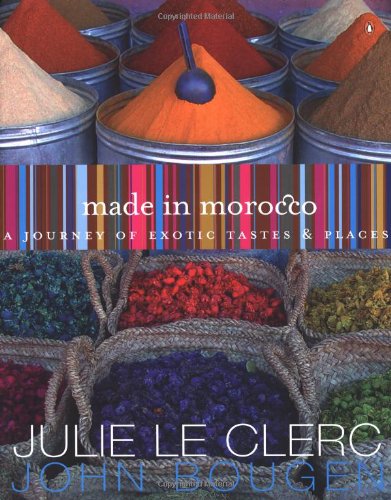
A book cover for Made in Morocco; Julie Le Clerc; Travel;